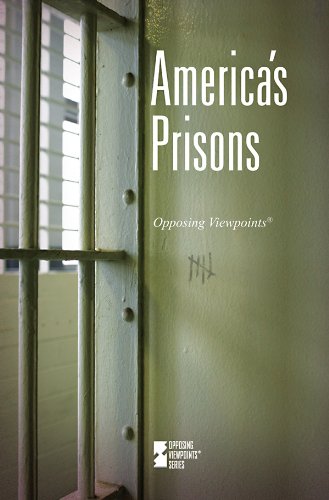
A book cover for America's Prisons (Opposing Viewpoints); Teen & Young Adult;